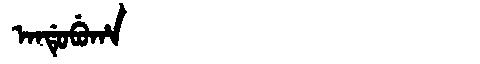
Manchu: ᠠᠨᡩᡠᠪᡠᡥᠠ
Romanization: ANDUBUHA